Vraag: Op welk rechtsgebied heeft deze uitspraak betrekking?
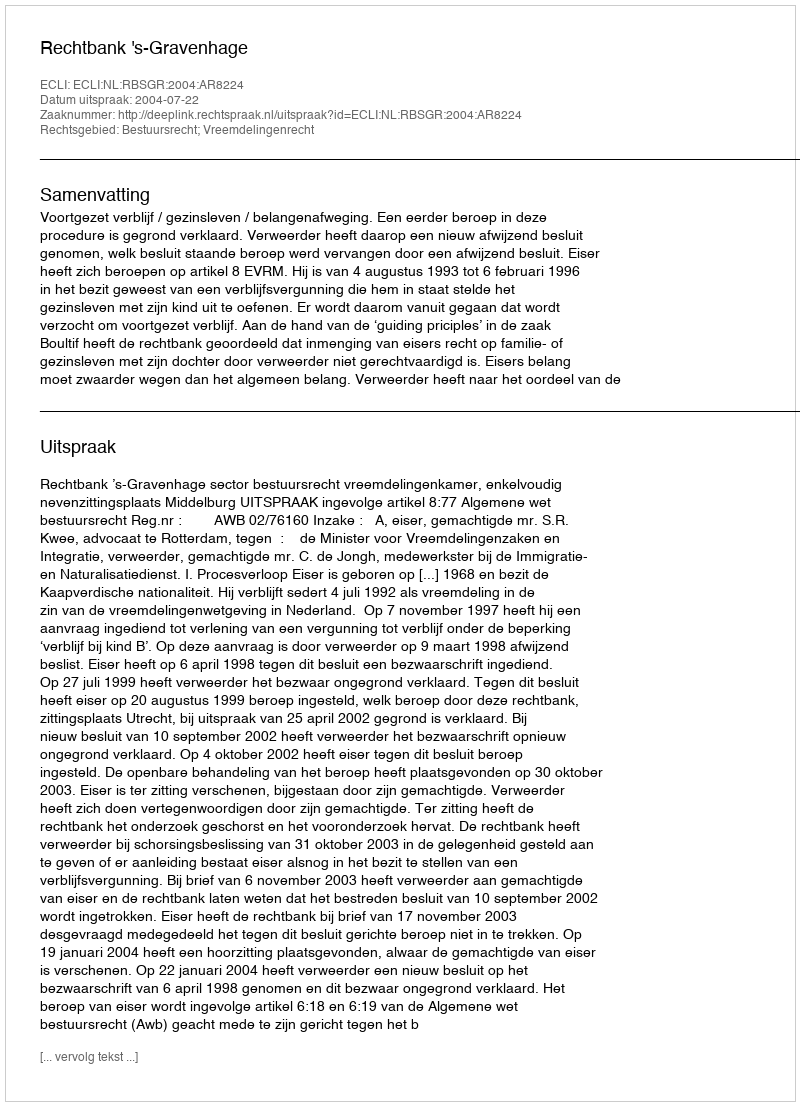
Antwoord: Bestuursrecht; Vreemdelingenrecht